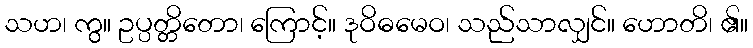
သဟ၊ ကွ။ ဥပ္ပတ္တိတော၊ ကြောင့်။ ဒုဝိဓမေဝ၊ သည်သာလျှင်။ ဟောတိ၊ ၏။